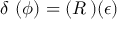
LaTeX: \delta \, \, ( \phi ) = ( R \, ) ( \epsilon )